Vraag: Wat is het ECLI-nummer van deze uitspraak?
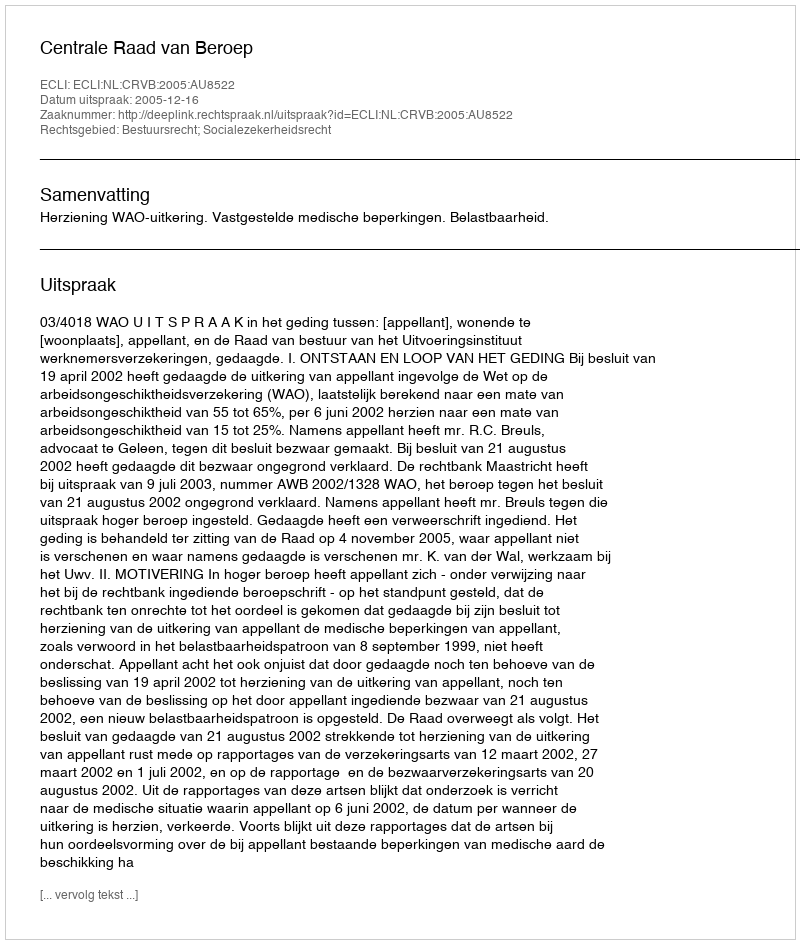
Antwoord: ECLI:NL:CRVB:2005:AU8522